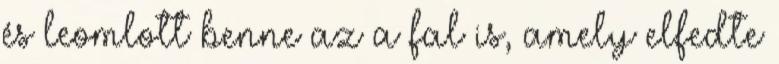
és leomlott benne az a fal is, amely elfedte